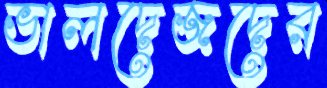
ভালদেজদের